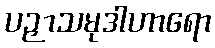
ပဉှာသမုဒါဟာရော